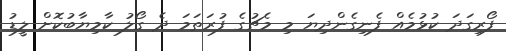
ފޯރިގަދަ ކުޅުމެއް ފެނިގެންދިޔަ މި މެޗުގެ ފުރަތަމަ ދެ ގޯލު ކާމިޔާބުކޮށް ލީޑު